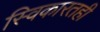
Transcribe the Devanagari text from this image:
स्विकारतही